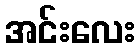
အင်းလေး